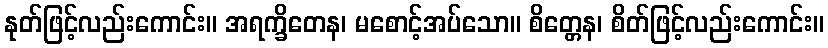
နုတ်ဖြင့်လည်းကောင်း။ အရက္ခိတေန၊ မစောင့်အပ်သော။ စိတ္တေန၊ စိတ်ဖြင့်လည်းကောင်း။